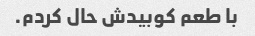
با طعم کوبیدش حال کردم.